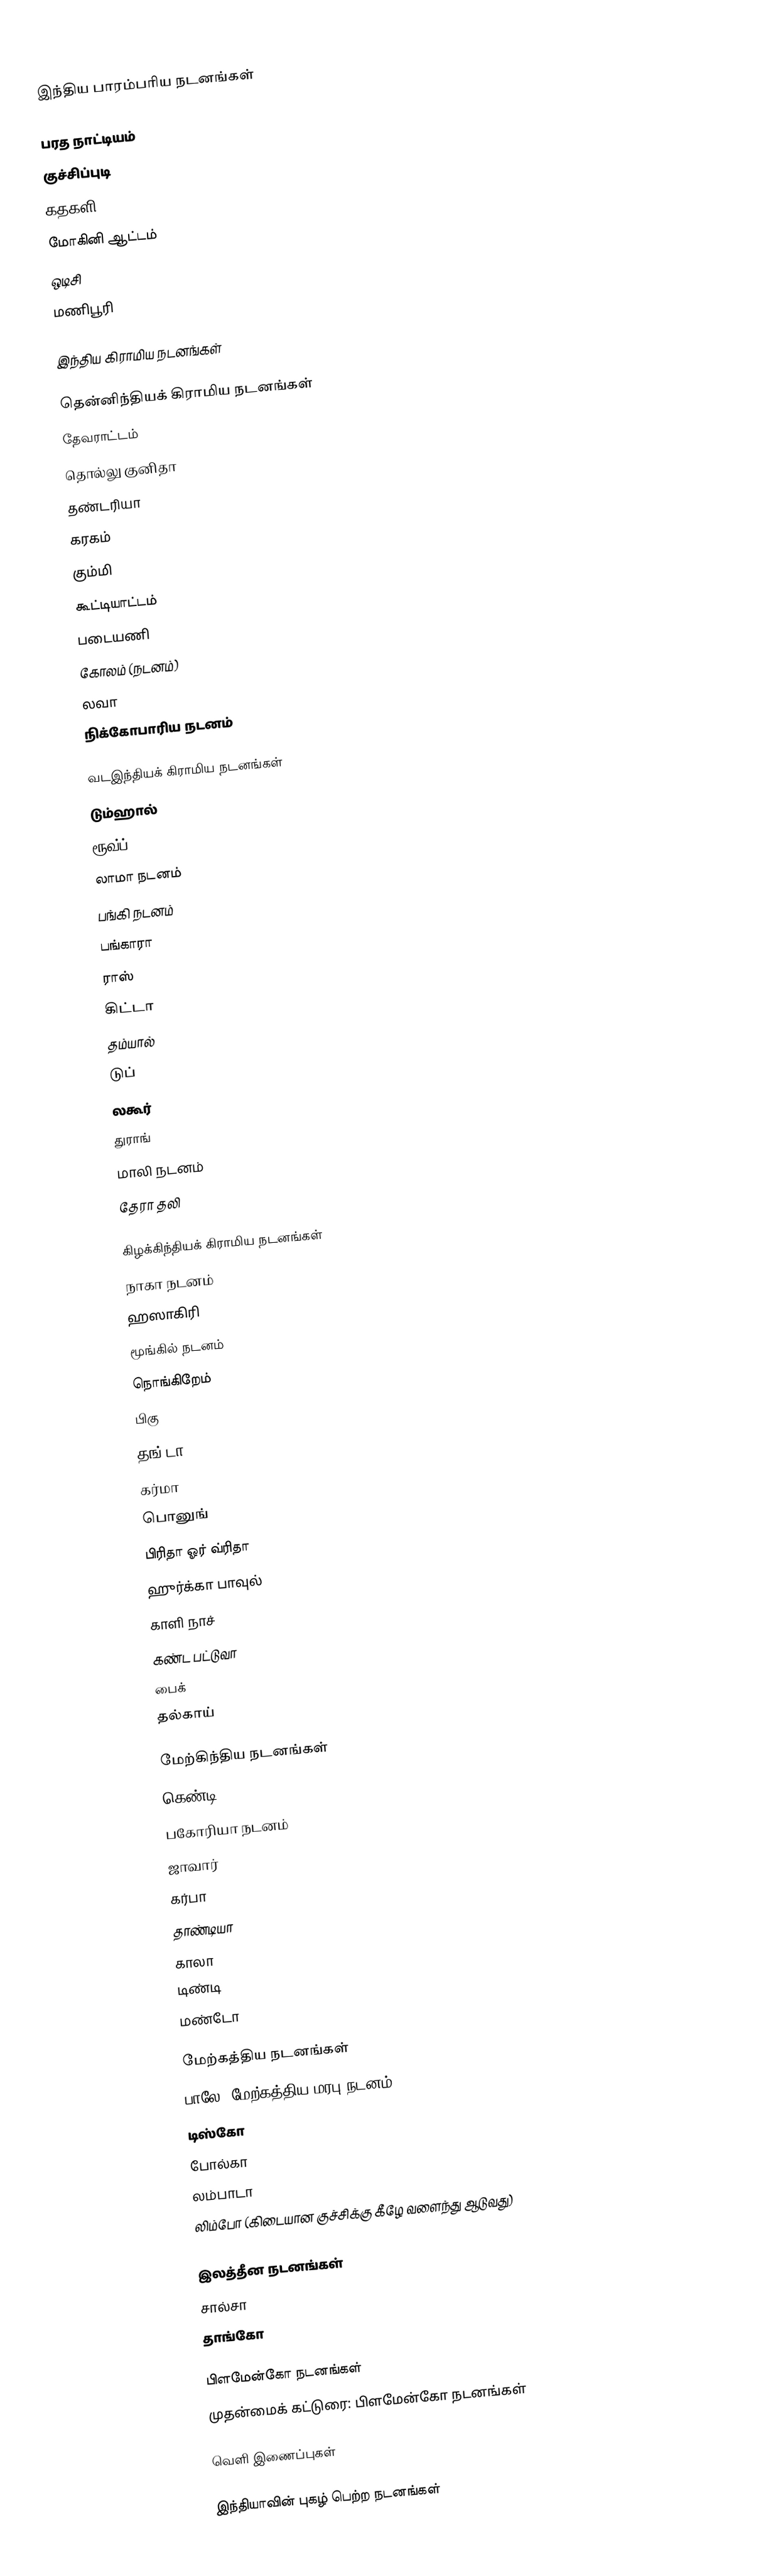

இந்திய பாரம்பரிய நடனங்கள்

 பரத நாட்டியம்
 குச்சிப்புடி
 கதகளி
 மோகினி ஆட்டம்
 ஒடிசி
 மணிபூரி

இந்திய கிராமிய நடனங்கள்

 தென்னிந்தியக் கிராமிய நடனங்கள்
 தேவராட்டம்
 தொல்லு குனிதா
 தண்டரியா
 கரகம்
 கும்மி
 கூட்டியாட்டம்
 படையணி
 கோலம் (நடனம்)
 லவா
 நிக்கோபாரிய நடனம்

 வடஇந்தியக் கிராமிய நடனங்கள்
 டும்ஹால்
 ரூவ்ப்
 லாமா நடனம்
 பங்கி நடனம்
 பங்காரா
 ராஸ்
 கிட்டா
 தம்யால்
 டுப்
 லகூர்
 துராங்
 மாலி நடனம்
 தேரா தலி

கிழக்கிந்தியக் கிராமிய நடனங்கள்
 நாகா நடனம்
 ஹஸாகிரி
 மூங்கில் நடனம்
 நொங்கிறேம்
 பிகு
 தங்-டா
 கர்மா
 பொனுங்
 பிரிதா ஓர் வ்ரிதா
 ஹுர்க்கா பாவுல்
 காளி நாச்
 கண்ட பட்டுவா
 பைக்
 தல்காய்

 மேற்கிந்திய நடனங்கள்
 கெண்டி
 பகோரியா நடனம்
 ஜாவார்
 கர்பா
 தாண்டியா
 காலா
 டிண்டி
 மண்டோ

மேற்கத்திய நடனங்கள்
 பாலே (மேற்கத்திய மரபு நடனம்)
 டிஸ்கோ
 போல்கா
 லம்பாடா
 லிம்போ (கிடையான குச்சிக்கு கீழே வளைந்து ஆடுவது)

இலத்தீன நடனங்கள்
 சால்சா
 தாங்கோ

பிளமேன்கோ நடனங்கள்
முதன்மைக் கட்டுரை: பிளமேன்கோ நடனங்கள்

வெளி இணைப்புகள்

இந்தியாவின் புகழ் பெற்ற நடனங்கள்